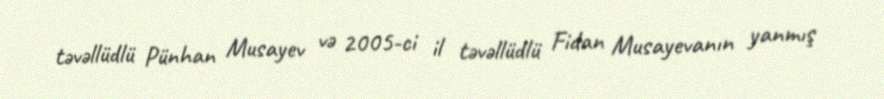
təvəllüdlü Pünhan Musayev və 2005-ci il təvəllüdlü Fidan Musayevanın yanmış